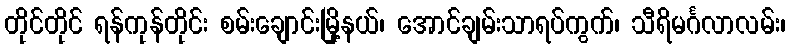
တိုင်တိုင် ရန်ကုန်တိုင်း စမ်းချောင်းမြို့နယ်၊ အောင်ချမ်းသာရပ်ကွက်၊ သီရိမင်္ဂလာလမ်း၊